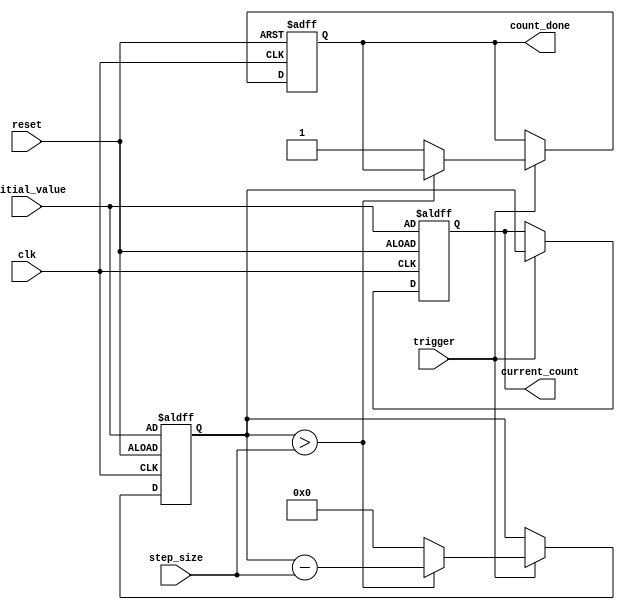
module decremental_counter (
    input wire clk,                // Clock signal
    input wire reset,              // Reset signal
    input wire trigger,            // Trigger signal for decrement
    input wire [7:0] initial_value,// Initial count value (8-bit)
    input wire [7:0] step_size,    // Decrement step size (8-bit)
    output reg [7:0] current_count, // Current count value (8-bit)
    output reg count_done          // Signal when count reaches zero
);

    // Internal memory block to store current count value
    reg [7:0] count_memory;

    // Initial block to set the initial count value
    initial begin
        current_count = 8'b0;
        count_done = 1'b0;
    end

    // Always block to handle reset and decrement logic
    always @(posedge clk or posedge reset) begin
        if (reset) begin
            // On reset, load the initial value into the memory
            count_memory <= initial_value;
            current_count <= initial_value;
            count_done <= 1'b0;
        end else if (trigger) begin
            // Decrement the count by the step size
            if (count_memory > step_size) begin
                count_memory <= count_memory - step_size;
            end else begin
                count_memory <= 8'b0; // Prevent underflow
                count_done <= 1'b1;    // Signal that counting is done
            end
            current_count <= count_memory; // Update current count
        end
    end

endmodule